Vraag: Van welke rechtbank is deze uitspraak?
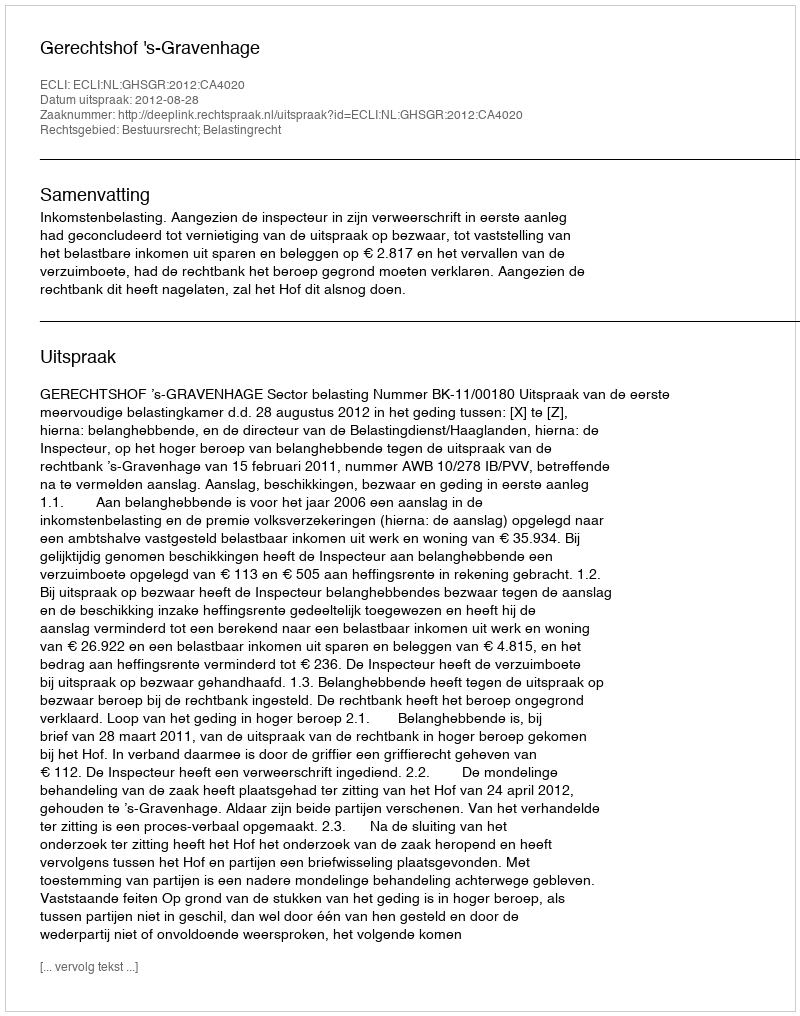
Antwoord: Gerechtshof 's-Gravenhage